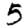
Digit: 5